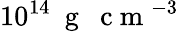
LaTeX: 10^{14}~\mathrm{~g~~~c~m~}^{-3}